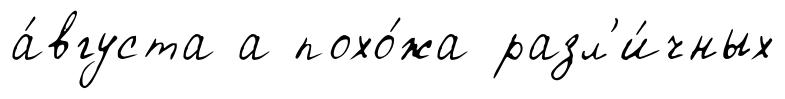
а́вгуста а похо́жа разл'и́чных